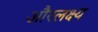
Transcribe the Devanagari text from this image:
औरलक्ष्य